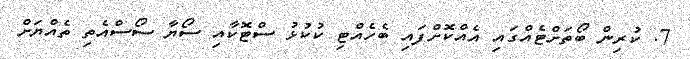
7. ކުރިން ބޯތަށްޓެއްގައި އެއްކޮށްފައި ބެހެއްޓި ކުކުޅު ސްޓޮކާއި ސޯޔާ ސޯސްއެތި ތެއްޔަށް